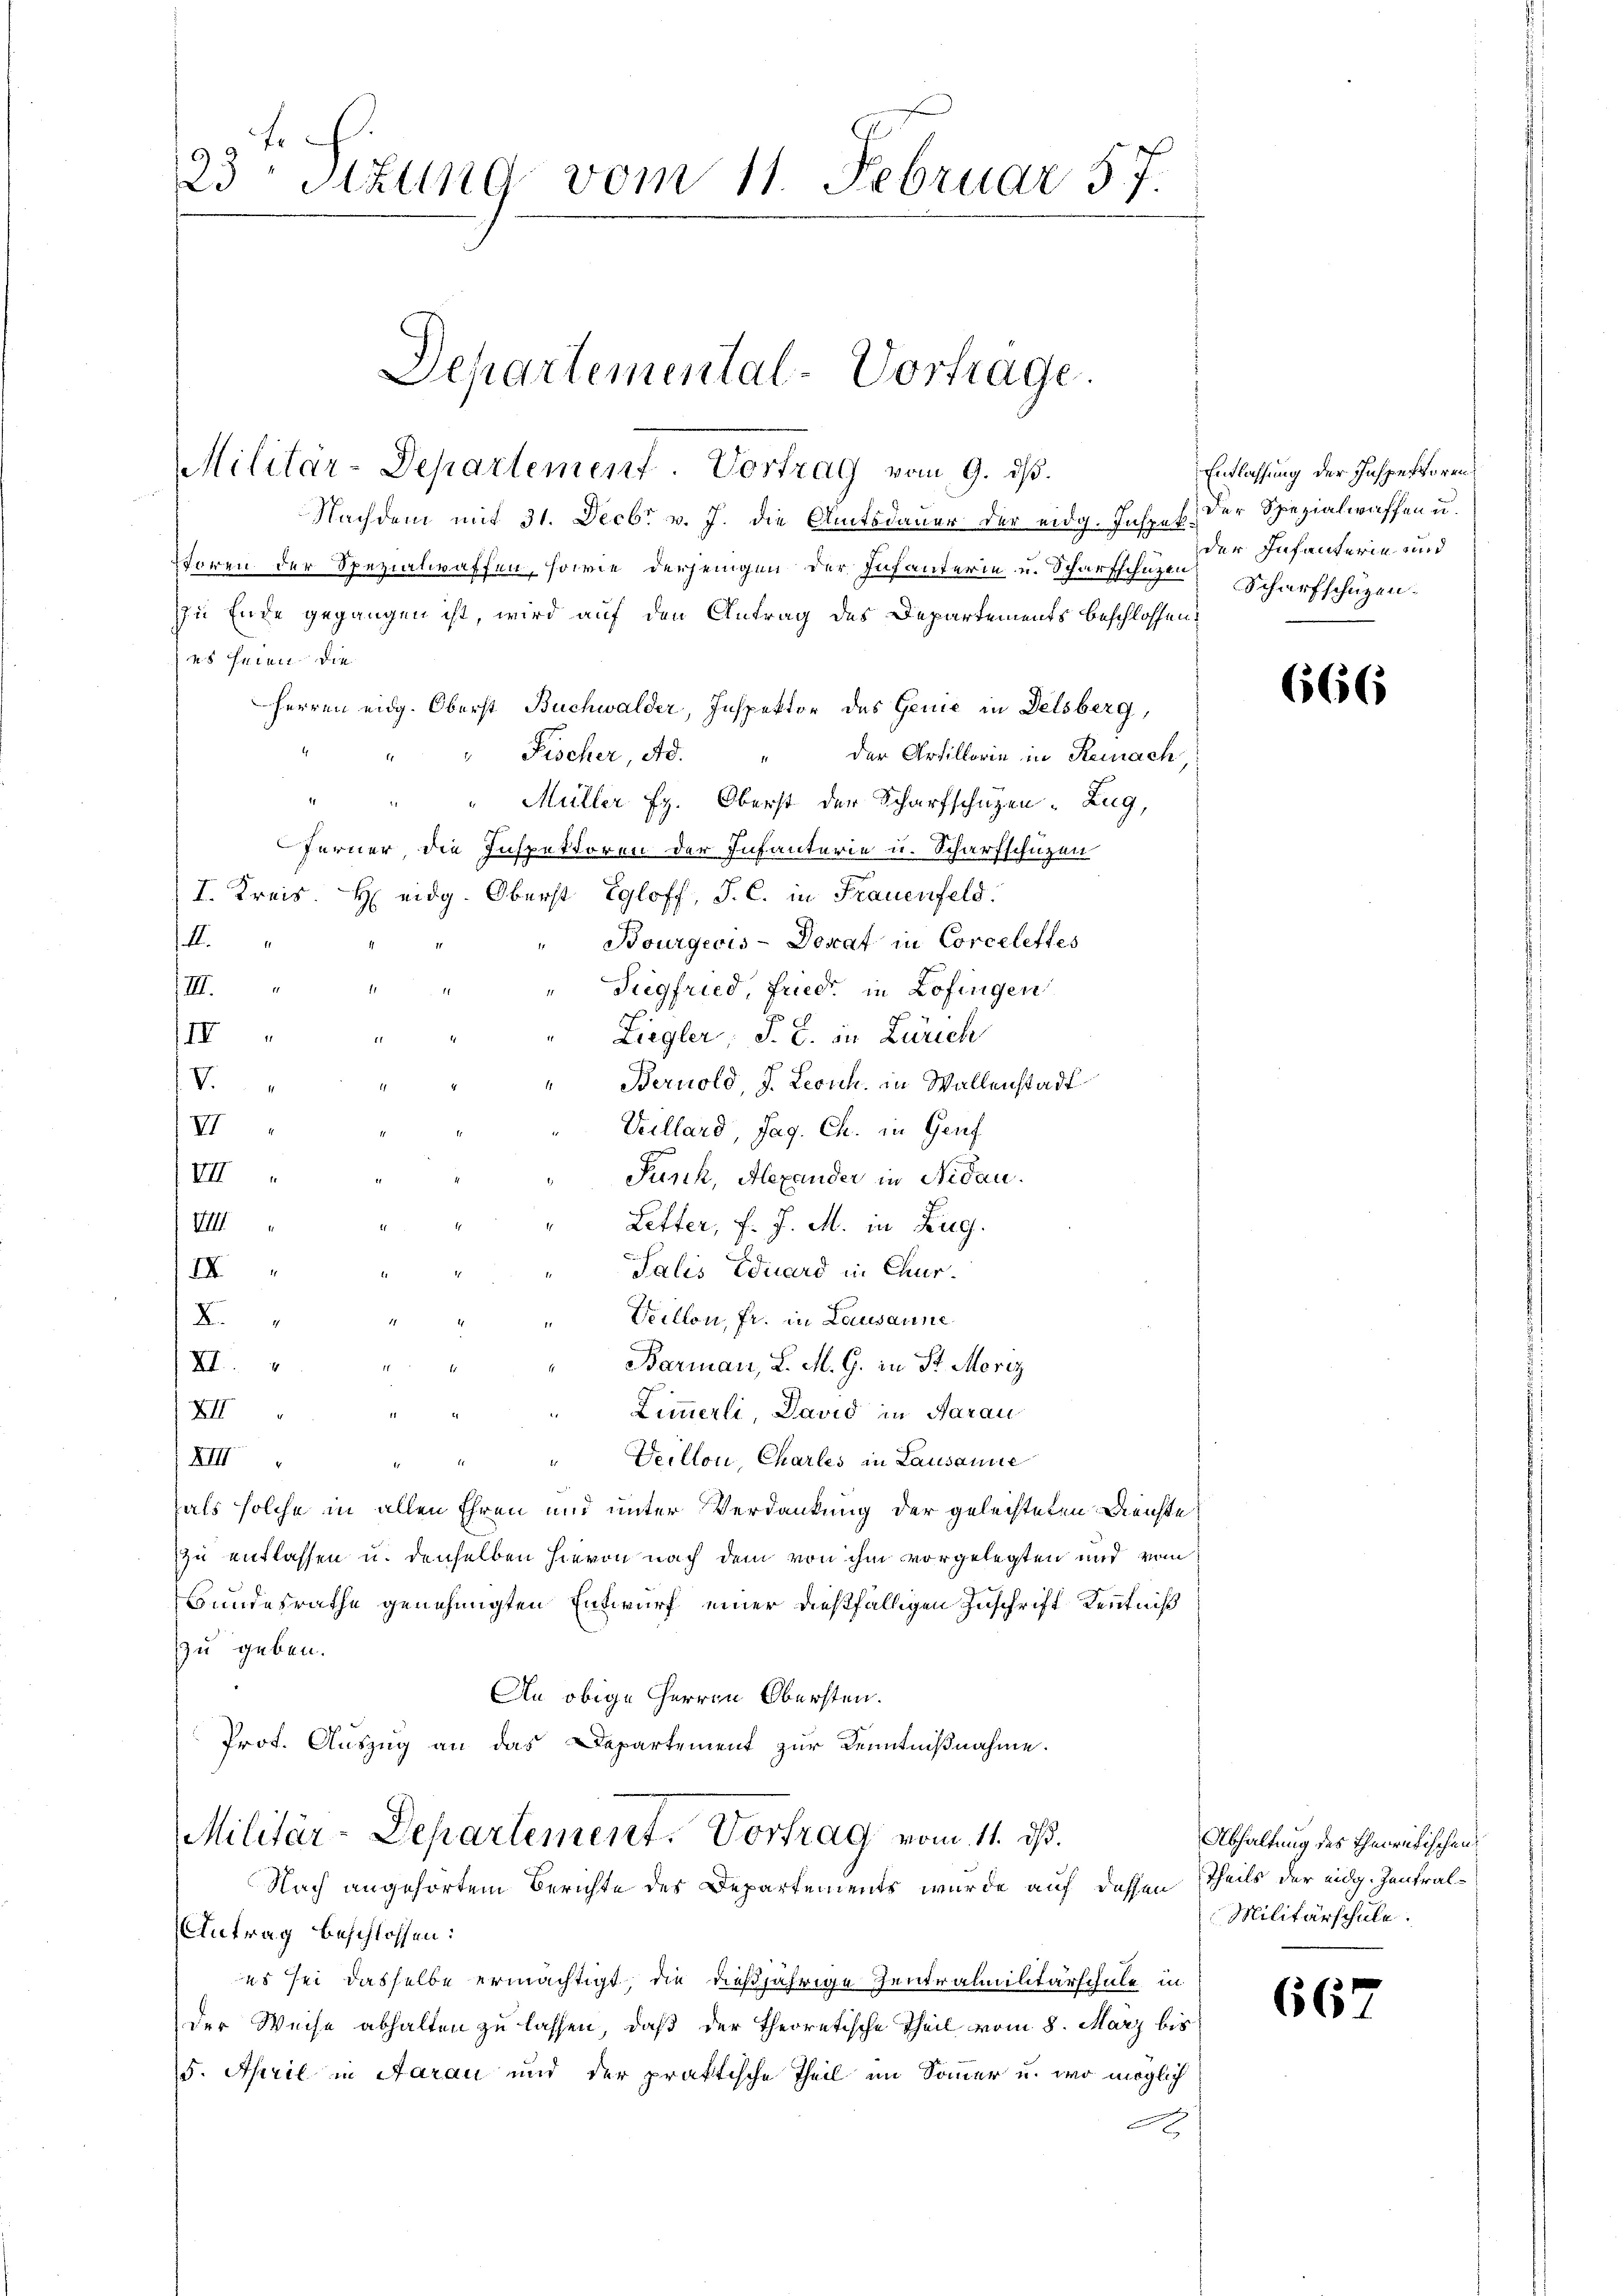
23 Stzung vom 11. Februar 57.

Departemental-Vortrage.
Militar-Departement. Vortrag vom 9. ds.

Nachdem mit 31. Decbr v. J. die Amtsdauer der eidg. Inspes der Spezialwaffen u.
Storen der Spezialwaffen, sowie derjenigen der Infanterin u. Scharfschützen Scharfschüzen-
zu Ende gegangen ist, wird auf den Antrag des Departements beschlossen:
es seien die
Herren eidg. Oberst Buchwalder, Inspektor des Genie in Delsberg,
" Fischer, Ad. " der Artillerie in Reinach
2
Müller Eg. Oberst der Scharfschützen. Zug,
Ferner, die Inspektoren der Infanterie u. Scharfschüzen
I. Kreis. Heidg. Oberst Egloff, J. C. in Frauenfeld.
e
Bourgeris - Donat in Corcelettes
III.
Siegfried, Fried in Zofingen
III
Liegler, S. B. in Zürich
V.
Bernold, J. Leonh. in Wallenstadt
VI
Veillard, Pag. Ch. in Genf
VI
Punck, Alexander in Nidau.
VII
Letter, f. J. M. in Zug
Salis Eduard in Chur¬
III
Veillon, fr. in Lausanne
B
XI
Barman, L. M. G. in St. Moriz
XII
Zimmerli, David in darau
4
XIII
Veillon Chartes in Lausanne
hals solche in allen Ehren und unter Verdankung der geleisteten Reichte
zu entlassen u. denselben hievon nach dem von ihm vorgelegten und von
Bundesrathe genehmigten Entwurf einer dießfälligen Zuschrift Kenntniß
zu geben.
An obige Herren Obersten.
Prot. Auszug an das Departement zur Kenntnißnahme.
Militär-Departement. Vortrag vom 11. ds.
Nach angehörtem Berichte des Departements wurde auf dessen Theils der eidg. Zentral¬
Antrag beschlossen:
es sei dasselbe ermächtigt, die dießjährige Zentralmilitärschule in
der Weise abhalten zu lassen, daß der Theoretische Theil vom 8. März bis
5. April in Aarau und der praktische Theil im Sommer u. wo möglich
x

Entlassung der Inspectoren
der Infanterin und

666

Abhaltung des Theoretischen
Militärschule.

656.